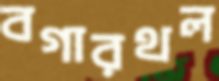
বগারথল